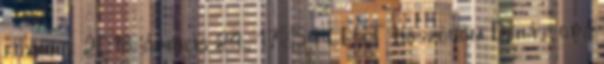
foxhole 2018. április 24., 17:54 CEST Köszönöm Dehát oda